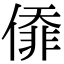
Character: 㒎